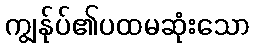
ကျွန်ုပ်၏ပထမဆုံးသော